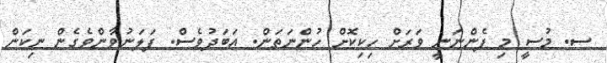
ސ. މުސީ މި ފެންނަނީ ވަރަށް ހިކިކޮށް ހުންނަތަން. އަބަދުވެސް. ފަލަނުވާންވެގެން ނިކަން